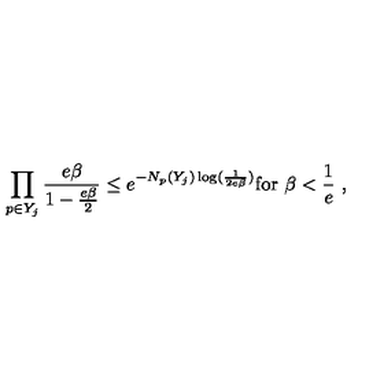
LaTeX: \left. \prod _ { p \in Y _ { j } } \frac { e \beta } { 1 - \frac { e \beta } { 2 } } \leq e ^ { - N _ { p } ( Y _ { j } ) \log ( \frac { 1 } { 2 e \beta } ) } \mathrm { f o r } \ \beta < \frac { 1 } { e } \ , \right.